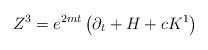
LaTeX: \begin{align*}Z^{3}=e^{2mt}\left( \partial _{t}+H+cK^{1}\right)\end{align*}